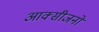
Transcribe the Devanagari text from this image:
आक्सीजनों